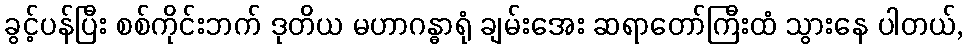
ခွင့်ပန်ပြီး စစ်ကိုင်းဘက် ဒုတိယ မဟာဂန္ဓာရုံ ချမ်းအေး ဆရာတော်ကြီးထံ သွားနေ ပါတယ်,